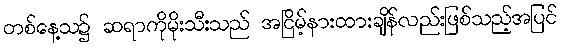
တစ်နေ့သ၌ ဆရာကိုမိုးသီးသည် အငြိမ့်နားထားချိန်လည်းဖြစ်သည့်အပြင်